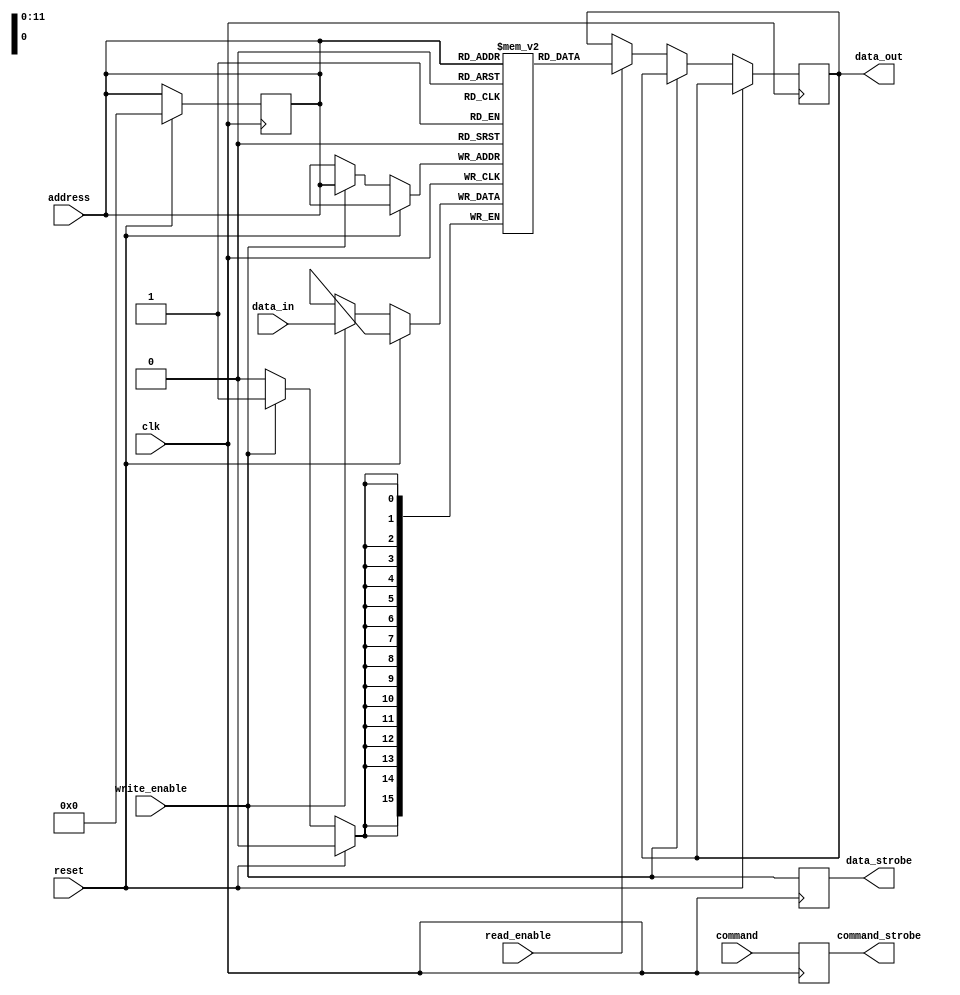
module DDR_SDRAM (
    input wire clk,
    input wire reset,
    input wire [11:0] address,
    input wire [15:0] data_in,
    output wire [15:0] data_out,
    input wire write_enable,
    input wire read_enable,
    input wire command,
    output reg data_strobe,
    output reg command_strobe
);

// Memory block implementation
reg [15:0] memory [0:4095];

// Addressing module
always @(posedge clk) begin
    if (reset) begin
        address <= 12'h0;
    end else if (write_enable) begin
        memory[address] <= data_in;
    end else if (read_enable) begin
        data_out <= memory[address];
    end
end

// Data input/output module
always @(posedge clk) begin
    data_strobe <= write_enable;
    command_strobe <= command;
end

endmodule